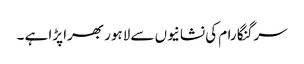
سرگنگا رام کی نشانیوں سے لاہور بھرا پڑا ہے ۔